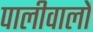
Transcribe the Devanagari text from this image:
पालीवालों